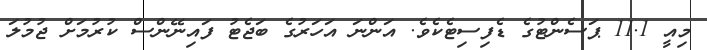
މިއީ 11.1 ޕަސެންޓުގެ ޑެފިސިޓެކެވެ. އަންނަ އަހަރުގެ ބަޖެޓު ފައިނޭންސް ކުރުމަށް ޖުމުލަ